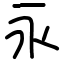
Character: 永